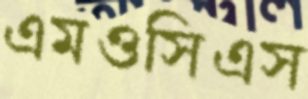
এমওসিএস